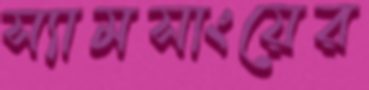
স্যামসাংয়ের